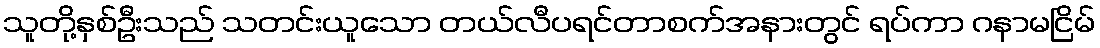
သူတို့နှစ်ဦးသည် သတင်းယူသော တယ်လီပရင်တာစက်အနားတွင် ရပ်ကာ ဂနာမငြိမ်